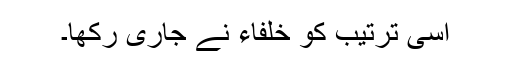
اسی ترتیب کو خلفاء نے جاری رکھا۔